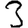
Digit: 3